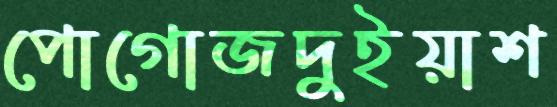
পোগোজদুইয়াশ